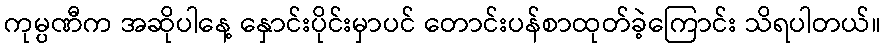
ကုမ္ပဏီက အဆိုပါနေ့ နှောင်းပိုင်းမှာပင် တောင်းပန်စာထုတ်ခဲ့ကြောင်း သိရပါတယ်။